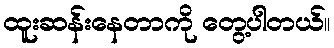
ထူးဆန်းနေတာကို တွေ့ပါတယ်။